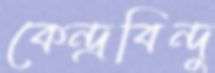
কেন্দ্রবিন্দু